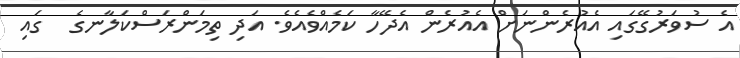
އެ ސުވަރުގޭގައި އެއުރެންނަށް އެއުރެން އެދޭހާ ކަމެއްވެއެވެ. އަދި ތިމަންރަސްކަލާނގެ  ގައި